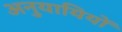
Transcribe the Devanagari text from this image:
अनुयायियों